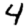
Digit: 4